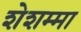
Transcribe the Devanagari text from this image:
शेशम्मा